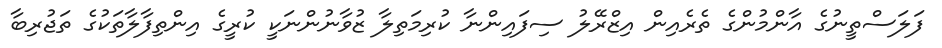
ފަލަސްތީނުގެ އާންމުންގެ ތެރެއިން އިޒްރޭލު ސިފައިންނާ ކުރިމަތިލާ ޒުވާނުންނަކީ ކުރީގެ އިންތިފާލާތަކުގެ ތަޖުރިބާ